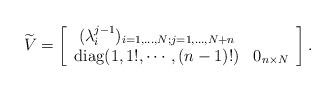
LaTeX: \begin{align*} \widetilde{V} = \begin{bmatrix} \begin{array}{cc} (\lambda_{i}^{j-1} )_{i=1, \ldots,N;j=1, \ldots, N+n} & \\ \mathrm{diag}(1, 1!, \cdots, (n-1)!) & 0_{n\times N} \end{array}\end{bmatrix}.\end{align*}